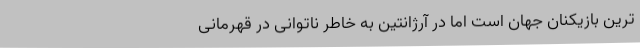
ترین بازیکنان جهان است اما در آرژانتین به خاطر ناتوانی در قهرمانی